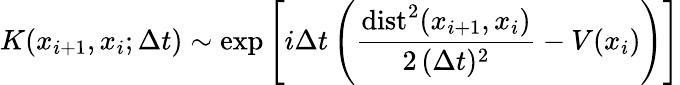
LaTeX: K(x_{i+1},x_{i};\Delta t)\sim\exp\left[i\Delta t\left(\frac{\mathrm{dist}^{2}(x_{i+1},x_{i})}{2\, (\Delta t)^{2}}-V(x_{i})\right)\right]